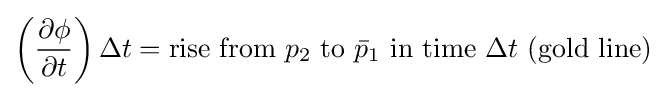
\left({\frac {\partial \phi }{\partial t}}\right)\Delta t={\text{rise from }}p_{2}{\text{ to }}{\bar {p}}_{1}{\text{ in time }}\Delta t{\text{ (gold line)}}